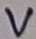
Text: V